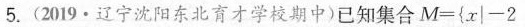
5. (2019·辽宁沈阳东北育才学校期中) 已经集合M={x|-2}